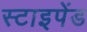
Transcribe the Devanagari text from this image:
स्टाइपेंड